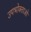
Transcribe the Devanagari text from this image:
उपभोक्‍ताओ